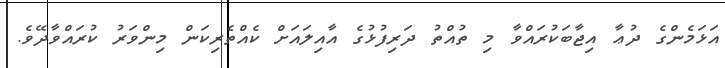
އަޅަމެންގެ ދުޢާ އިޖާބަކުރައްވާ މި ތުއްތު ދަރިފުޅުގެ އާއިލައަށް ކެއްތެރިކަން މިންވަރު ކުރައްވާދޭވެ.